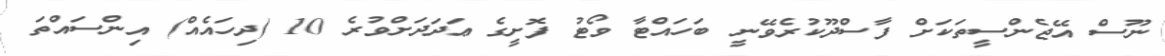
ނޫސް އޭޖެންސީތަކަށް ފާސްދޫކުރެވޭނީ ބަހައްޓާ ވޯޓު ފޮށީގެ ޢަދަދަށްވުރެ 10 (ދިހައެއް) އިންސައްތަ